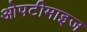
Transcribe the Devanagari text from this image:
ओपटीमाइज